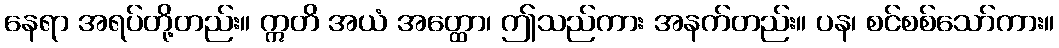
နေရာ အရပ်တို့တည်း။ ဣတိ အယံ အတ္ထော၊ ဤသည်ကား အနက်တည်း။ ပန၊ စင်စစ်သော်ကား။